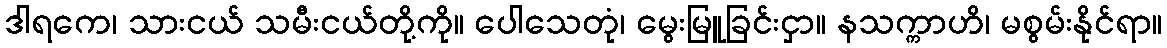
ဒါရကေ၊ သားငယ် သမီးငယ်တို့ကို။ ပေါသေတုံ၊ မွေးမြူခြင်းငှာ။ နသက္ကာဟိ၊ မစွမ်းနိုင်ရာ။